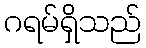
ဂရမ်ရှိသည်